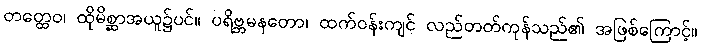
တတ္ထေဝ၊ ထိုမိစ္ဆာအယူ၌ပင်။ ပရိဗ္ဘမနတော၊ ထက်ဝန်းကျင် လည်တတ်ကုန်သည်၏ အဖြစ်ကြောင့်။